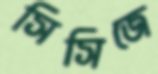
সিসিজে